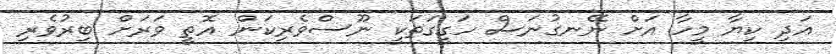
އަދި ކިޔާ މީހާ އަށް ނޭނގުނަސް ހަގީގަތަކީ ނޫސްވެރިކަން އޮތީ ވަރަށް ބިރުވެރި